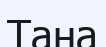
Тана